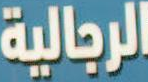
الرجالية